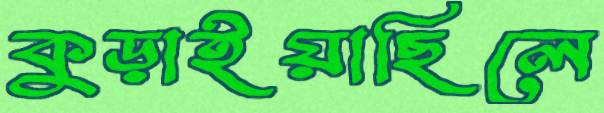
কুড়াইয়াছিলে